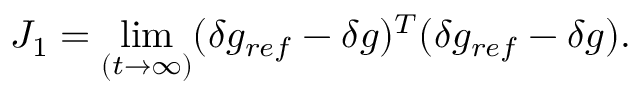
J _ { 1 } = \operatorname* { l i m } _ { ( t \rightarrow \infty ) } ( \delta g _ { r e f } - \delta g ) ^ { T } ( \delta g _ { r e f } - \delta g ) .